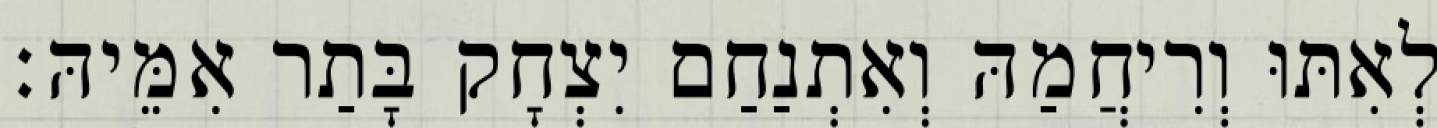
לְאִתּוּ וְרִיחֲמַהּ וְאִתְנַחַם יִצְחָק בָּתַר אִמֵּיהּ׃